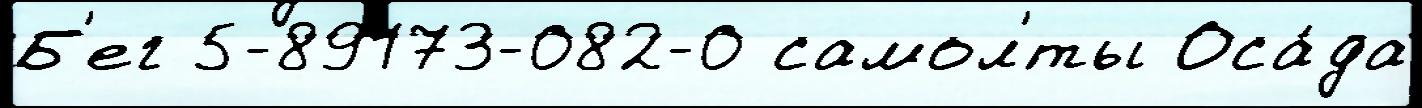
Б'ег 5-89173-082-0 самол'́ты Оса́да